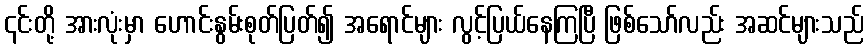
၎င်းတို့ အားလုံးမှာ ဟောင်းနွမ်းစုတ်ပြတ်၍ အရောင်များ လွင့်ပြယ်နေကြပြီ ဖြစ်သော်လည်း အဆင်များသည်